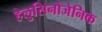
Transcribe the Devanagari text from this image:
हेलुसिनोजेनिक